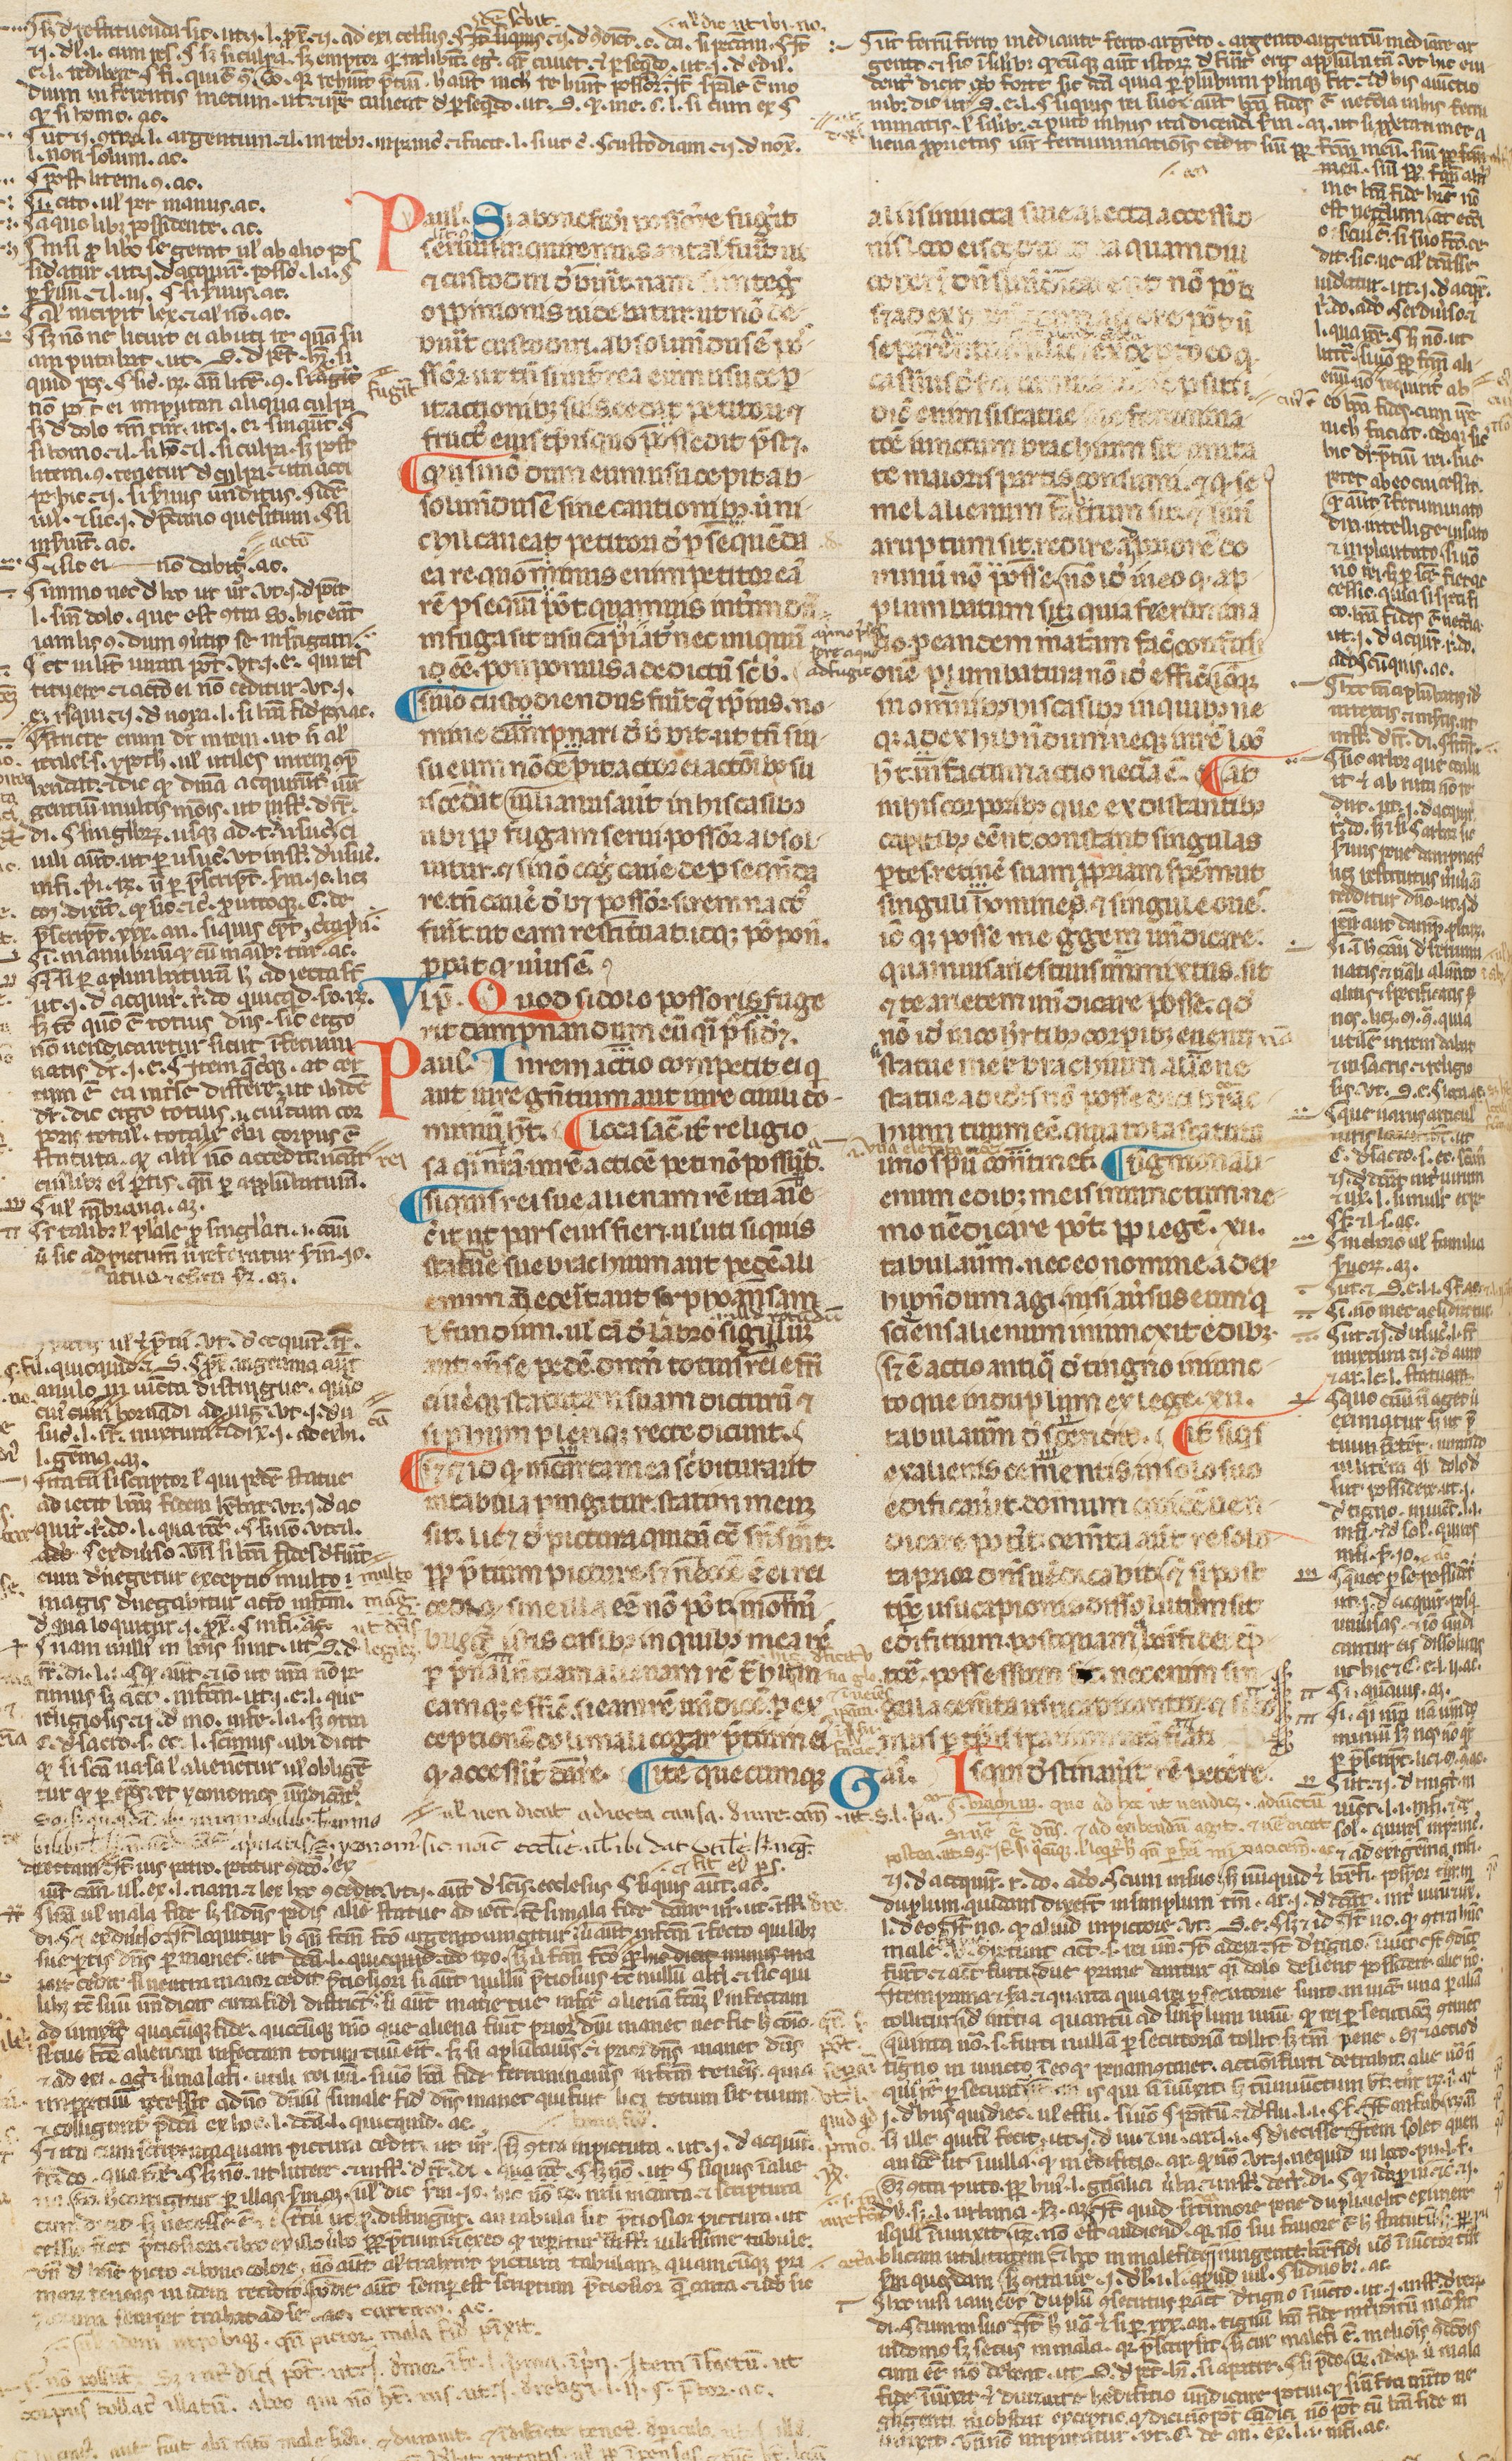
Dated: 1300–1399